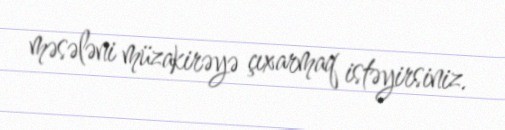
məsələni müzakirəyə çıxarmaq istəyirsiniz.